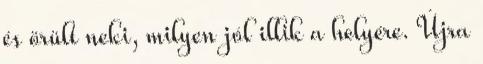
és örült neki, milyen jól illik a helyére. Újra